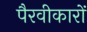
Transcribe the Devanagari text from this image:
पैरवीकारों